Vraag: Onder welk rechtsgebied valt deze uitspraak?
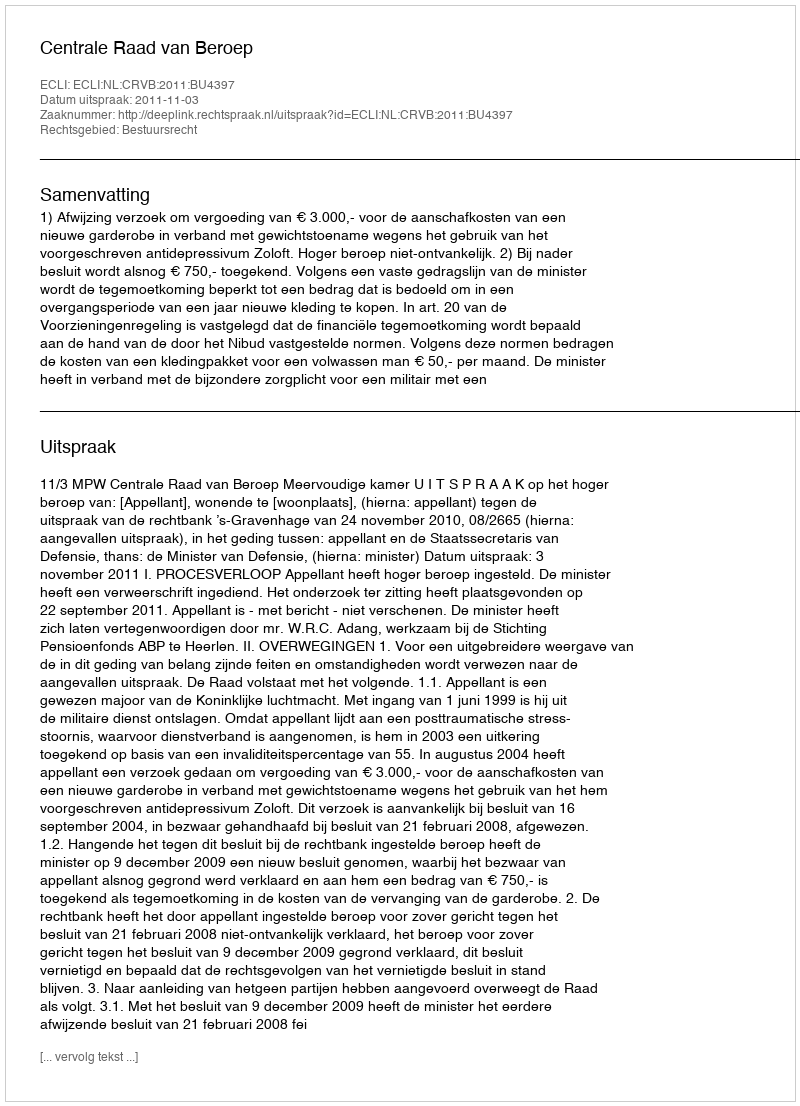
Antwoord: Bestuursrecht